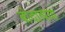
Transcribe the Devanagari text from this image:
बोदाव्पया